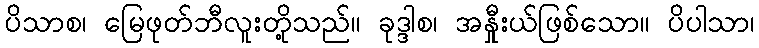
ပိသာစ၊ မြေဖုတ်ဘီလူးတို့သည်။ ခုဒ္ဒါစ၊ အနှီုးယ်ဖြစ်သော။ ပိပါသာ၊